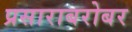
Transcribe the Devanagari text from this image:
प्रसाराबरोबर